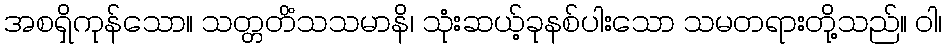
အစရှိကုန်သော။ သတ္တတိံသသမာနိ၊ သုံးဆယ့်ခုနစ်ပါးသော သမတရားတို့သည်။ ဝါ၊